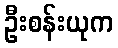
ဦးစန်းယုက